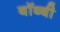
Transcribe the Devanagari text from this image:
बॉब्बी